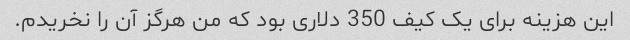
این هزینه برای یک کیف 350 دلاری بود که من هرگز آن را نخریدم.